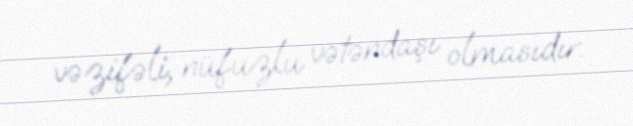
vəzifəli, nüfuzlu vətəndaşı olmasıdır.